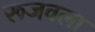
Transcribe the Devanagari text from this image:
रूजवला